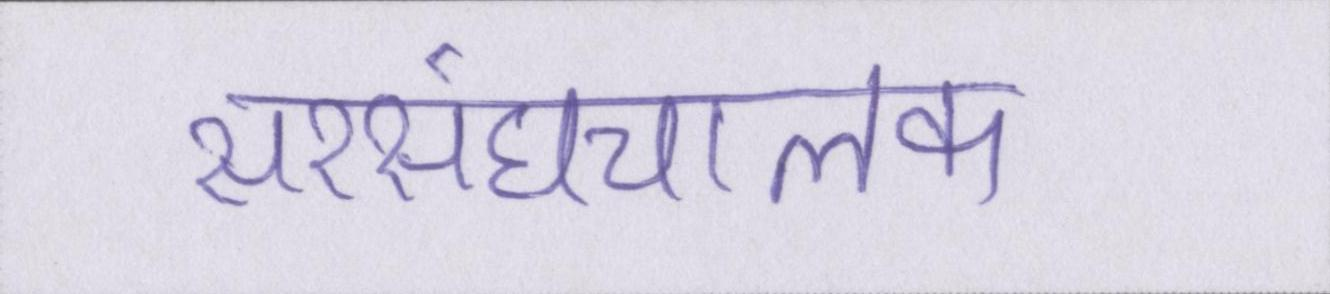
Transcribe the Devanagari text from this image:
सरसंघचालक